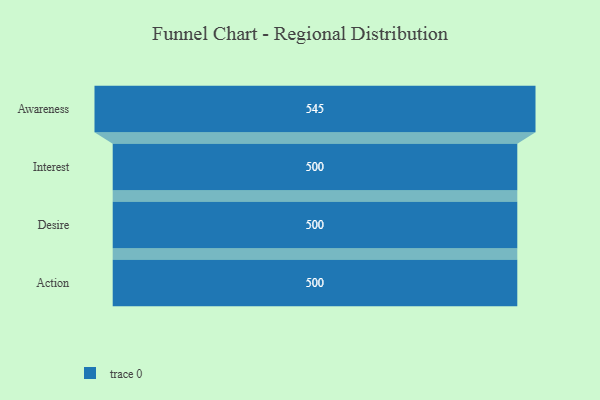
{"axis": {"x": "Stage", "y": "Value"}, "legend": [""], "data": [{"x": "Awareness", "y": 545.0, "type": ""}, {"x": "Interest", "y": 500, "type": ""}, {"x": "Desire", "y": 500, "type": ""}, {"x": "Action", "y": 500, "type": ""}]}